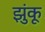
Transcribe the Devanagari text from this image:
झुंकू